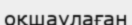
оқшаулаған